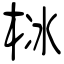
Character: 栤